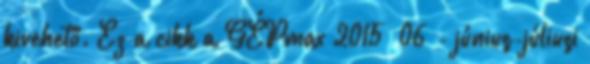
kivehető. Ez a cikk a GÉPmax 2015 06 - június-júliusi